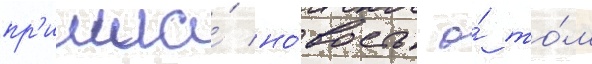
пр'ишла́ но́вость о́ то́м